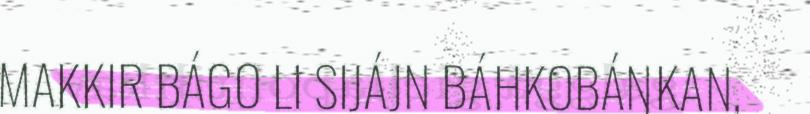
MAKKIR BÁGO LI SIJÁJN BÁHKOBÁŊKAN,